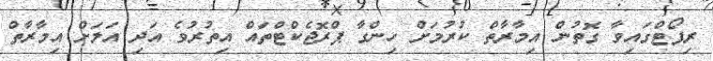
ރިޕޯޓްގައިވާ ގޮތުން އިމާރާތް ކުރުމަށް ހިންގާ ޕްރޮޖެކްޓްތައް އިތުރުވެ އަދި އަލަށް އިމާރާތް